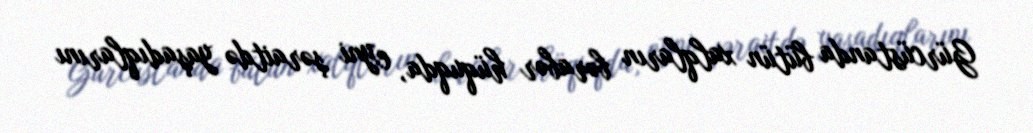
Gürcüstanda bütün xalqların bərabər hüquqda, eyni şəraitdə yaşadıqlarını